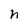
Character: h